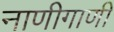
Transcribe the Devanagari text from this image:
नाणीगाणी